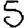
Digit: 5